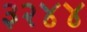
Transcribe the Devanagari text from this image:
३२४४